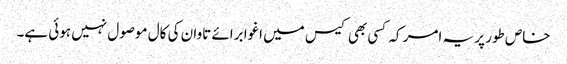
خاص طور پر یہ امر کہ کسی بھی کیس میں اغوا برائے تاوان کی کال موصول نہیں ہوئی ہے۔